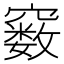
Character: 𥨧